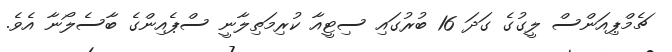
ޗެމްޕިއަންސް ލީގުގެ ގަދަ 16 ބުރުގައި ސިޓީއާ ކުރިމަތިލާނީ ސްޕެއިންގެ ބާސެލޯނާ އެވެ.